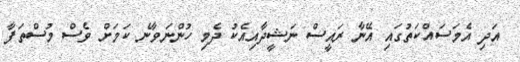
އަދި އެމަސައްކަތުގައި އޭނާ ރައީސް ނަޝީދާއިއެކު ދެމި ހުންނަވާނެ ކަމަށް ވެސް މުސްތަފާ